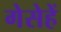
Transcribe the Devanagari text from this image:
गेसेहें